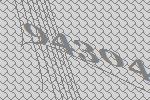
94304